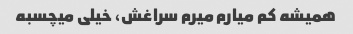
همیشه کم میارم میرم سراغش، خیلی میچسبه